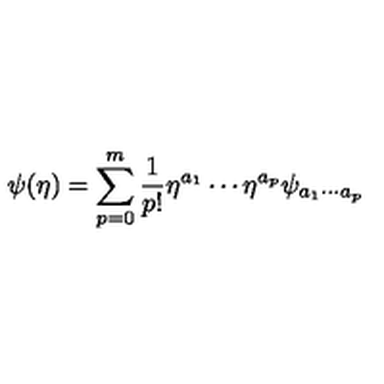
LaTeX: \psi ( \eta ) = \sum _ { p = 0 } ^ { m } \frac { 1 } { p ! } \eta ^ { a _ { 1 } } \cdots \eta ^ { a _ { p } } \psi _ { a _ { 1 } \cdots a _ { p } }